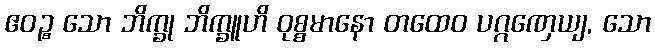
ဧဝဉ္စ သော ဘိက္ခု ဘိက္ခူဟိ ဝုစ္စမာနော တထေဝ ပဂ္ဂဏှေယျ, သော